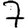
Digit: 7